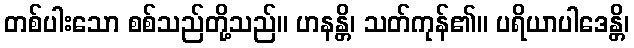
တစ်ပါးသော စစ်သည်တို့သည်။ ဟနန္တိ၊ သတ်ကုန်၏။ ပရိယာပါဒေန္တိ၊